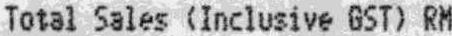
TOTAL SALES (INCLUSIVE GST) RM